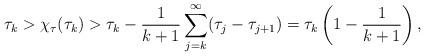
LaTeX: \begin{align*}\tau_k>\chi_\tau(\tau_k) >\tau_k-\frac{1}{k+1}\sum_{j=k}^\infty(\tau_j-\tau_{j+1})=\tau_k\left(1-\frac 1{k+1}\right),\end{align*}